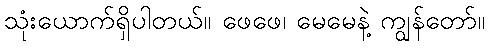
သုံးယောက်ရှိပါတယ်။ ဖေဖေ၊ မေမေနဲ့ ကျွန်တော်။